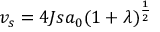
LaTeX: v _ { s } = 4 J s a _ { 0 } ( 1 + \lambda ) ^ { \frac { 1 } { 2 } }